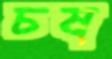
চষ্‌